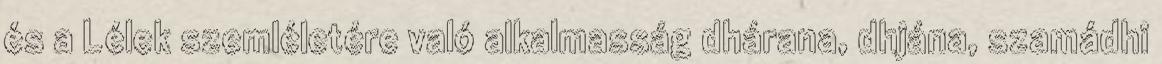
és a Lélek szemléletére való alkalmasság dhárana, dhjána, szamádhi